Civil Veterinary Department Bihar & Orissa reports 1911-21 - 1911-1921
Year: 1911
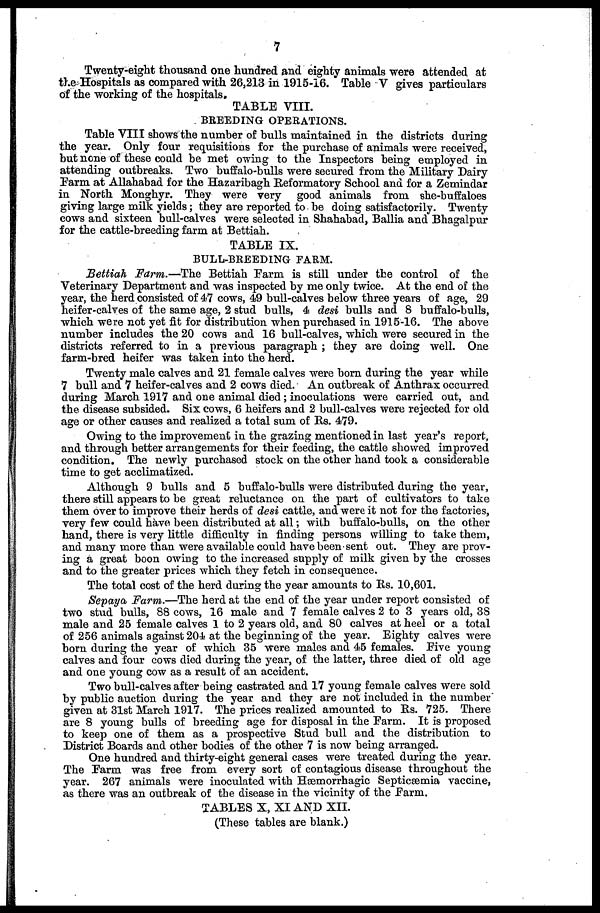
7
Twenty-eight thousand one hundred and eighty animals were attended at
the Hospitals as compared with 26,213 in 1915-16. Table V gives particulars
of the working of the hospitals.
TABLE VIII .
BREEDING OPERATIONS.
Table VIII shows the number of bulls maintained in the districts during
the year. Only four requisitions for the purchase of animals were received,
but none of these could be met owing to the Inspectors being employed in
attending outbreaks. Two buffalo-bulls were secured from the Military Dairy
Farm at Allahabad for the Hazaribagh Reformatory School and for a Zemindar
in North Monghyr. They were very good animals from she-buffaloes
giving large milk yields; they are reported to be doing satisfactorily. Twenty
cows and sixteen bull-calves were selected in Shahabad, Ballia and Bhagalpur
for the cattle-breeding farm at Bettiah.
TABLE IX.
BULL-BREEDING FARM.
Bettiah Farm.—The Bettiah Farm is still under the control of the
Veterinary Department and was inspected by me only twice. At the end of the
year, the herd consisted of 47 cows, 49 bull-calves below three years of age, 29
heifer-calves of the same age, 2 stud bulls, 4 desi bulls and 8 buffalo-bulls,
which were not yet fit for distribution when purchased in 1915-16. The above
number includes the 20 cows and 16 bull-calves, which were secured in the
districts referred to in a previous paragraph ; they are doing well. One
farm-bred heifer was taken into the herd.
Twenty male calves and 21 female calves were born during the year while
7 bull and 7 heifer-calves and 2 cows died. An outbreak of Anthrax occurred
during March 1917 and one animal died; inoculations were carried out, and
the disease subsided. Six cows, 6 heifers and 2 bull-calves were rejected for old
age or other causes and realized a total sum of Rs. 479.
Owing to the improvement in the grazing mentioned in last year's report,
and through better arrangements for their feeding, the cattle showed improved
condition. The newly purchased stock on the other hand took a considerable
time to get acclimatized.
Although 9 bulls and 5 buffalo-bulls were distributed during the year,
there still appears to be great reluctance on the part of cultivators to take
them over to improve their herds of desi cattle, and were it not for the factories,
very few could have been distributed at all; with buffalo-bulls, on the other
hand, there is very little difficulty in finding persons willing to take them,
and many more than were available could have been sent out. They are prov-
ing a great boon owing to the increased supply of milk given by the crosses
and to the greater prices which they fetch in consequence.
The total cost of the herd during the year amounts to Rs. 10,601.
Sepaya Farm.—The herd at the end of the year under report consisted of
two stud bulls, 88 cows, 16 male and 7 female calves 2 to 3 years old, 38
male and 25 female calves 1 to 2 years old, and 80 calves at heel or a total
of 256 animals against 204 at the beginning of the year. Eighty calves were
born during the year of which 35 were males and 45 females. Five young
calves and four cows died during the year, of the latter, three died of old age
and one young cow as a result of an accident.
Two bull-calves after being castrated and 17 young female calves were sold
by public auction during the year and they are not included in the number
given at 31st March 1917. The prices realized amounted to Rs. 725. There
are 8 young bulls of breeding age for disposal in the Farm. It is proposed
to keep one of them as a prospective Stud bull and the distribution to
District Boards and other bodies of the other 7 is now being arranged.
One hundred and thirty-eight general cases were treated during the year.
The Farm was free from every sort of contagious disease throughout the
year. 267 animals were inoculated with Hæmorrhagic Septicæmia vaccine,
as there was an outbreak of the disease in the vicinity of the Farm.
TABLES X, XI AND XII.
(These tables are blank.)